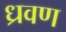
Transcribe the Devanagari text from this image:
ध्रवण